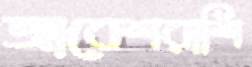
আবেশরাশি